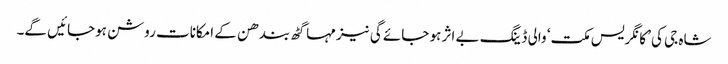
شاہ جی کی ’کانگریس مکت‘ والی ڈینگ بے اثر ہو جائے گی نیز مہاگٹھ بندھن کے امکانات روشن ہوجائیں گے۔